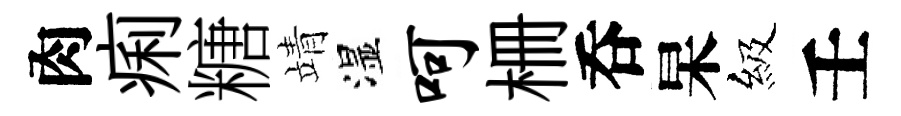
肉痢糖靖湿呵栅呑杲級壬